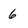
Character: 6